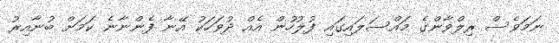
ނަމަވެސް ރިލްވާންގެ މައްސަލައިގައި ފުލުހުން އެއް ދުވަހަކު އޭނާ ފެންނާނެ ކަމަށް ބުނާއިރު